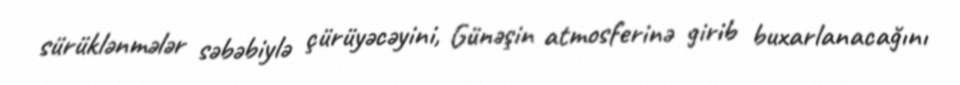
sürüklənmələr səbəbiylə çürüyəcəyini, Günəşin atmosferinə girib buxarlanacağını